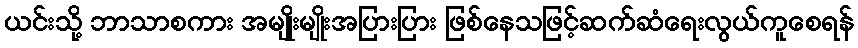
ယင်းသို့ ဘာသာစကား အမျိုးမျိုးအပြားပြား ဖြစ်နေသဖြင့်ဆက်ဆံရေးလွယ်ကူစေရန်